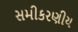
સમીકરણીય